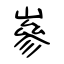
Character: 嵾